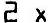
2 X